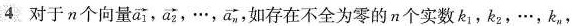
4对于n个向量\overrightarrow{a_{1}} ，…，\overrightarrow{a_{n}}，如存在不全为零的n个实数k_{1}，k_{2}，…，k_{n}，